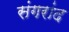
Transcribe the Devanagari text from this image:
संगरांद